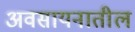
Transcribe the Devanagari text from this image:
अवसायनातील